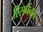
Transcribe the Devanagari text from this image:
रिसनैंनस